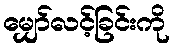
မျှော်လင့်ခြင်းကို